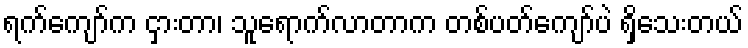
ရက်ကျော်က ငှားတာ၊ သူရောက်လာတာက တစ်ပတ်ကျော်ပဲ ရှိသေးတယ်